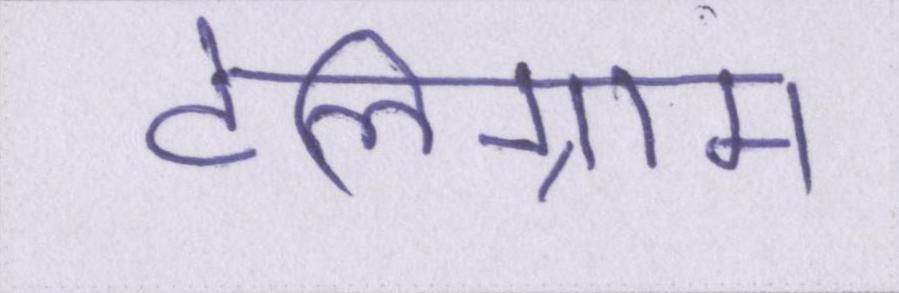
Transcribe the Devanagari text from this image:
टेलिग्राम